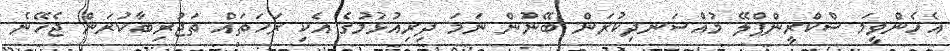
އެހެންވީމަ ސްކްރީންޕްލޭ މުއްސަނދިކުރަން ބޭނުން ނަމަ ދިރިއުޅުމުގެ އެކި ރަހަތައް ތަޖުރިބާކުރަން ޖެހޭނެ